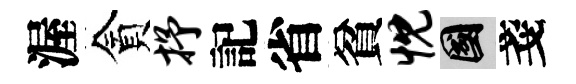
渥貪抒記省貧忱國戔